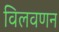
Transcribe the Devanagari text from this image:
विलवणन